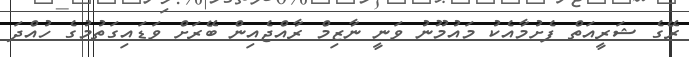
ރޭގެ ޝަރީއަތް ފެށުމާއެކު މައުމޫނު ވަނީ ނާޒިމް ރާއްޖެއިން ބޭރަށް ވަޑައިގަތުމުގެ ހުއްދަ